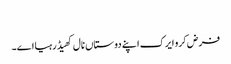
‏
فرض کرو ایرک اپنے دوستاں نال کھیڈ رہیا اے۔